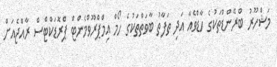
މަޝްހޫރު ބްރޭންޑްތަކުގެ ހާޑްވެއާ އަދި ތަފާތު ބާވަތްތަކުގެ ހޯމް އިމްޕްރޫވްމެންޓް ޕްރޮޑަކްޓްސް ރާއްޖެއަށް